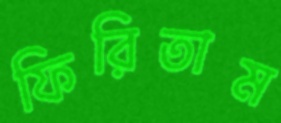
ফিরিতাম